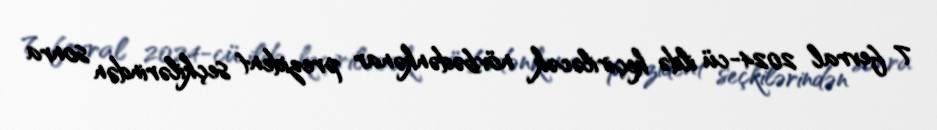
7 fevral 2024-cü ildə keçiriləcək növbədənkənar prezident seçkilərindən sonra